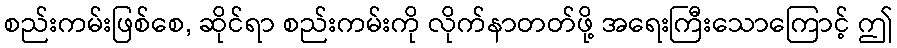
စည်းကမ်းဖြစ်စေ, ဆိုင်ရာ စည်းကမ်းကို လိုက်နာတတ်ဖို့ အရေးကြီးသောကြောင့် ဤ